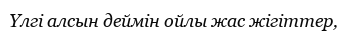
Үлгі алсын деймін ойлы жас жігіттер,